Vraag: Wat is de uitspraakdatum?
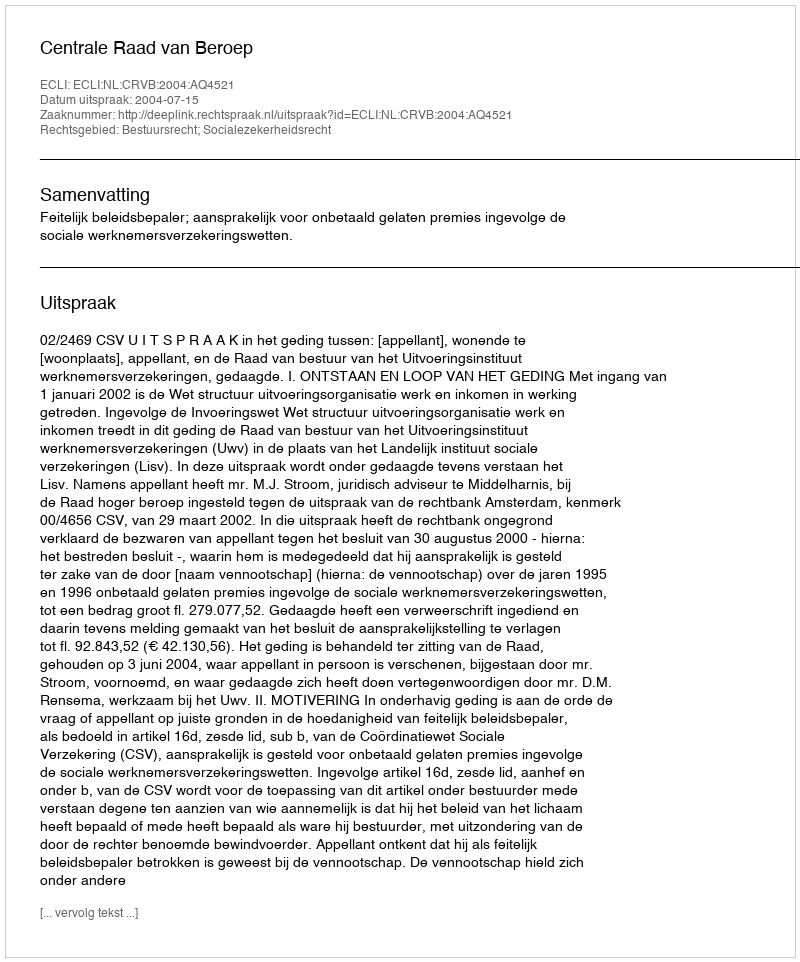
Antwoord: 2004-07-15